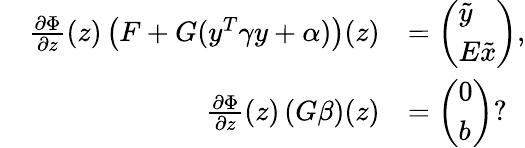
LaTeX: \begin{array}{rl}{\quad\frac{\partial\Phi}{\partial z}(z)\left(F+G(y^{T}\gamma y+\alpha)\right)(z)}&{=\left(\begin{array}{l}{\tilde{y}}\\ {E\tilde{x}}\end{array}\right),}\\ {\frac{\partial\Phi}{\partial z}(z)\left(G\beta\right)(z)}&{=\left(\begin{array}{l}{0}\\ {b}\end{array}\right)?}\end{array}